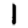
Digit: 1